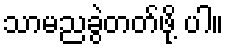
သာမညခွဲတတ်ဖို့ ပါ။